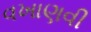
વખાણવી